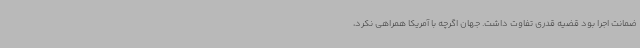
ضمانت اجرا بود قضیه قدری تفاوت داشت. جهان اگرچه با آمریکا همراهی نکرد،